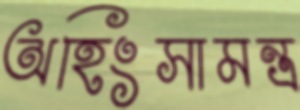
অহিংসামন্ত্র